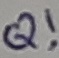
Text: Q!